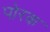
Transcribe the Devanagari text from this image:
पोरक